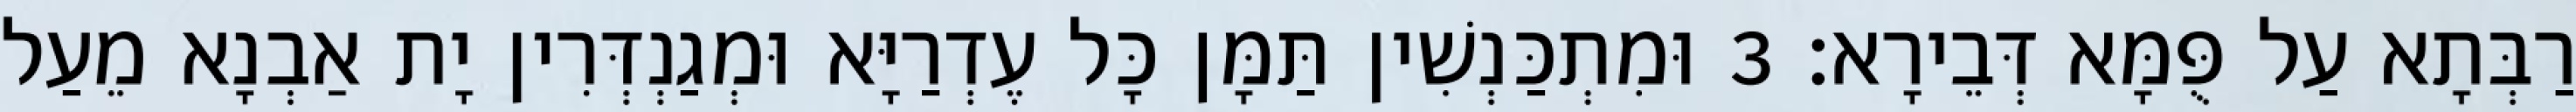
רַבְּתָא עַל פֻּמָּא דְּבֵירָא׃ 3 וּמִתְכַּנְשִׁין תַּמָּן כָּל עֶדְרַיָּא וּמְגַנְדְּרִין יָת אַבְנָא מֵעַל